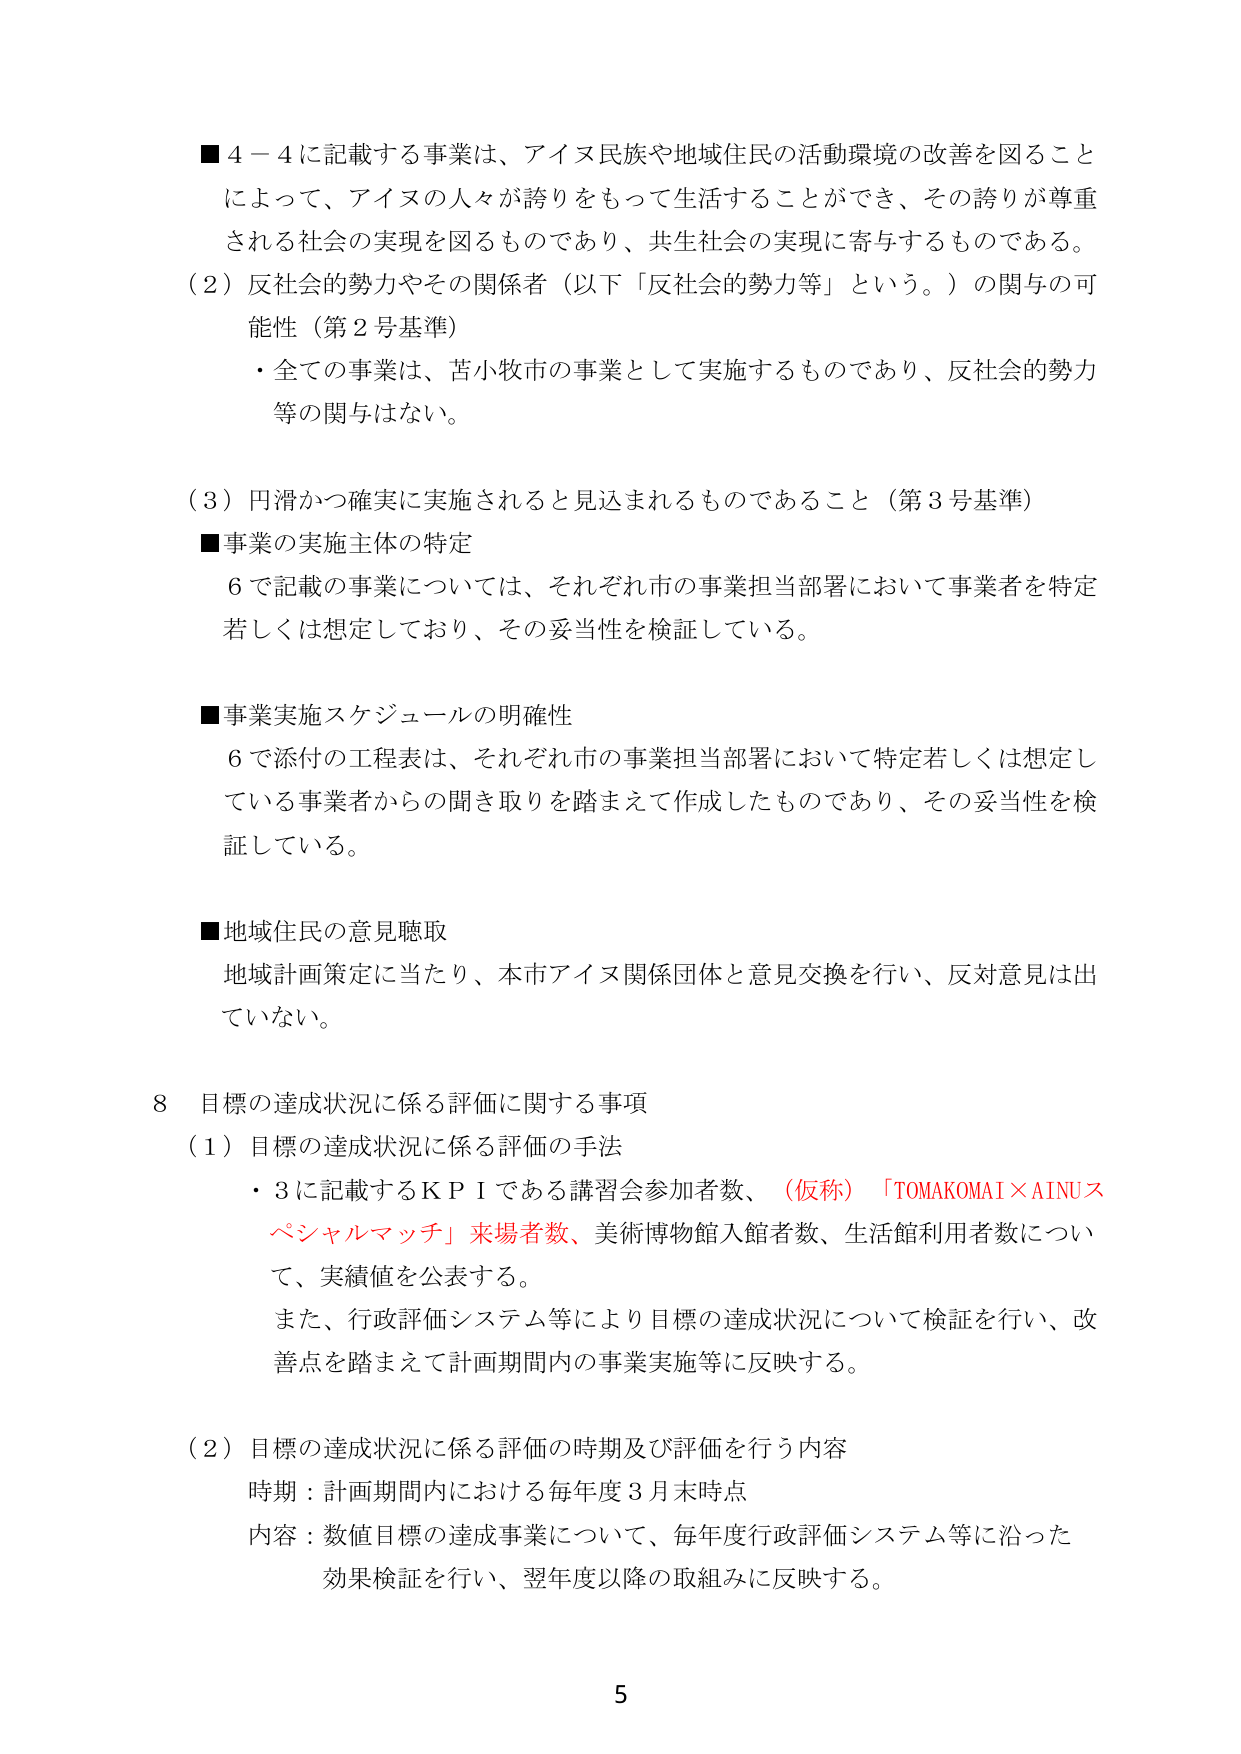
■４－４に記載する事業は、アイヌ民族や地域住民の活動環境の改善を図ることによって、アイヌの人々が誇りをもって生活することができ、その誇りが尊重される社会の実現を図るものであり、共生社会の実現に寄与するものである。

（２）反社会的勢力やその関係者（以下「反社会的勢力等」という。）の関与の可能性（第２号基準）
・全ての事業は、苫小牧市の事業として実施するものであり、反社会的勢力等の関与はない。

（３）円滑かつ確実に実施されると見込まれるものであること（第３号基準）
■事業の実施主体の特定
６で記載の事業については、それぞれ市の事業担当部署において事業者を特定若しくは想定しており、その妥当性を検証している。

■事業実施スケジュールの明確性
６で添付の工程表は、それぞれ市の事業担当部署において特定若しくは想定している事業者からの聞き取りを踏まえて作成したものであり、その妥当性を検証している。

■地域住民の意見聴取
地域計画策定に当たり、本市アイヌ関係団体と意見交換を行い、反対意見は出ていない。

８　目標の達成状況に係る評価に関する事項
（１）目標の達成状況に係る評価の手法
・３に記載するＫＰＩである講習会参加者数、（仮称）「TOMAKOMAI×AINUスペシャルマッチ」来場者数、美術博物館入館者数、生活館利用者数について、実績値を公表する。
また、行政評価システム等により目標の達成状況について検証を行い、改善点を踏まえて計画期間内の事業実施等に反映する。

（２）目標の達成状況に係る評価の時期及び評価を行う内容
時期：計画期間内における毎年度３月末時点
内容：数値目標の達成事業について、毎年度行政評価システム等に沿った効果検証を行い、翌年度以降の取組みに反映する。

5